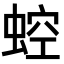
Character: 𧌆